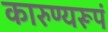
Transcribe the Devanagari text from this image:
कारुण्यरूपं